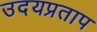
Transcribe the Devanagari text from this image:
उदयप्रताप